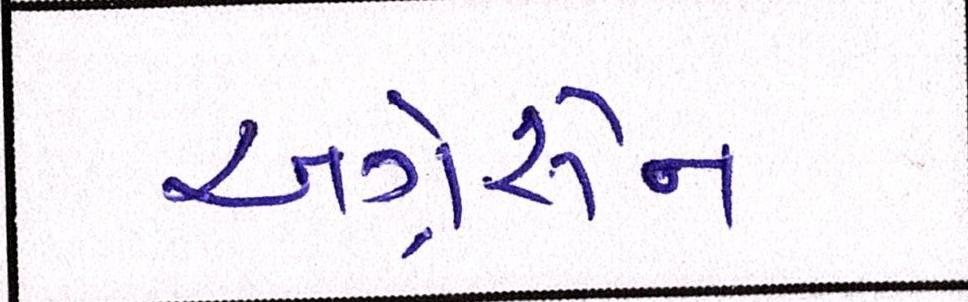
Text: અગ્રેસેન